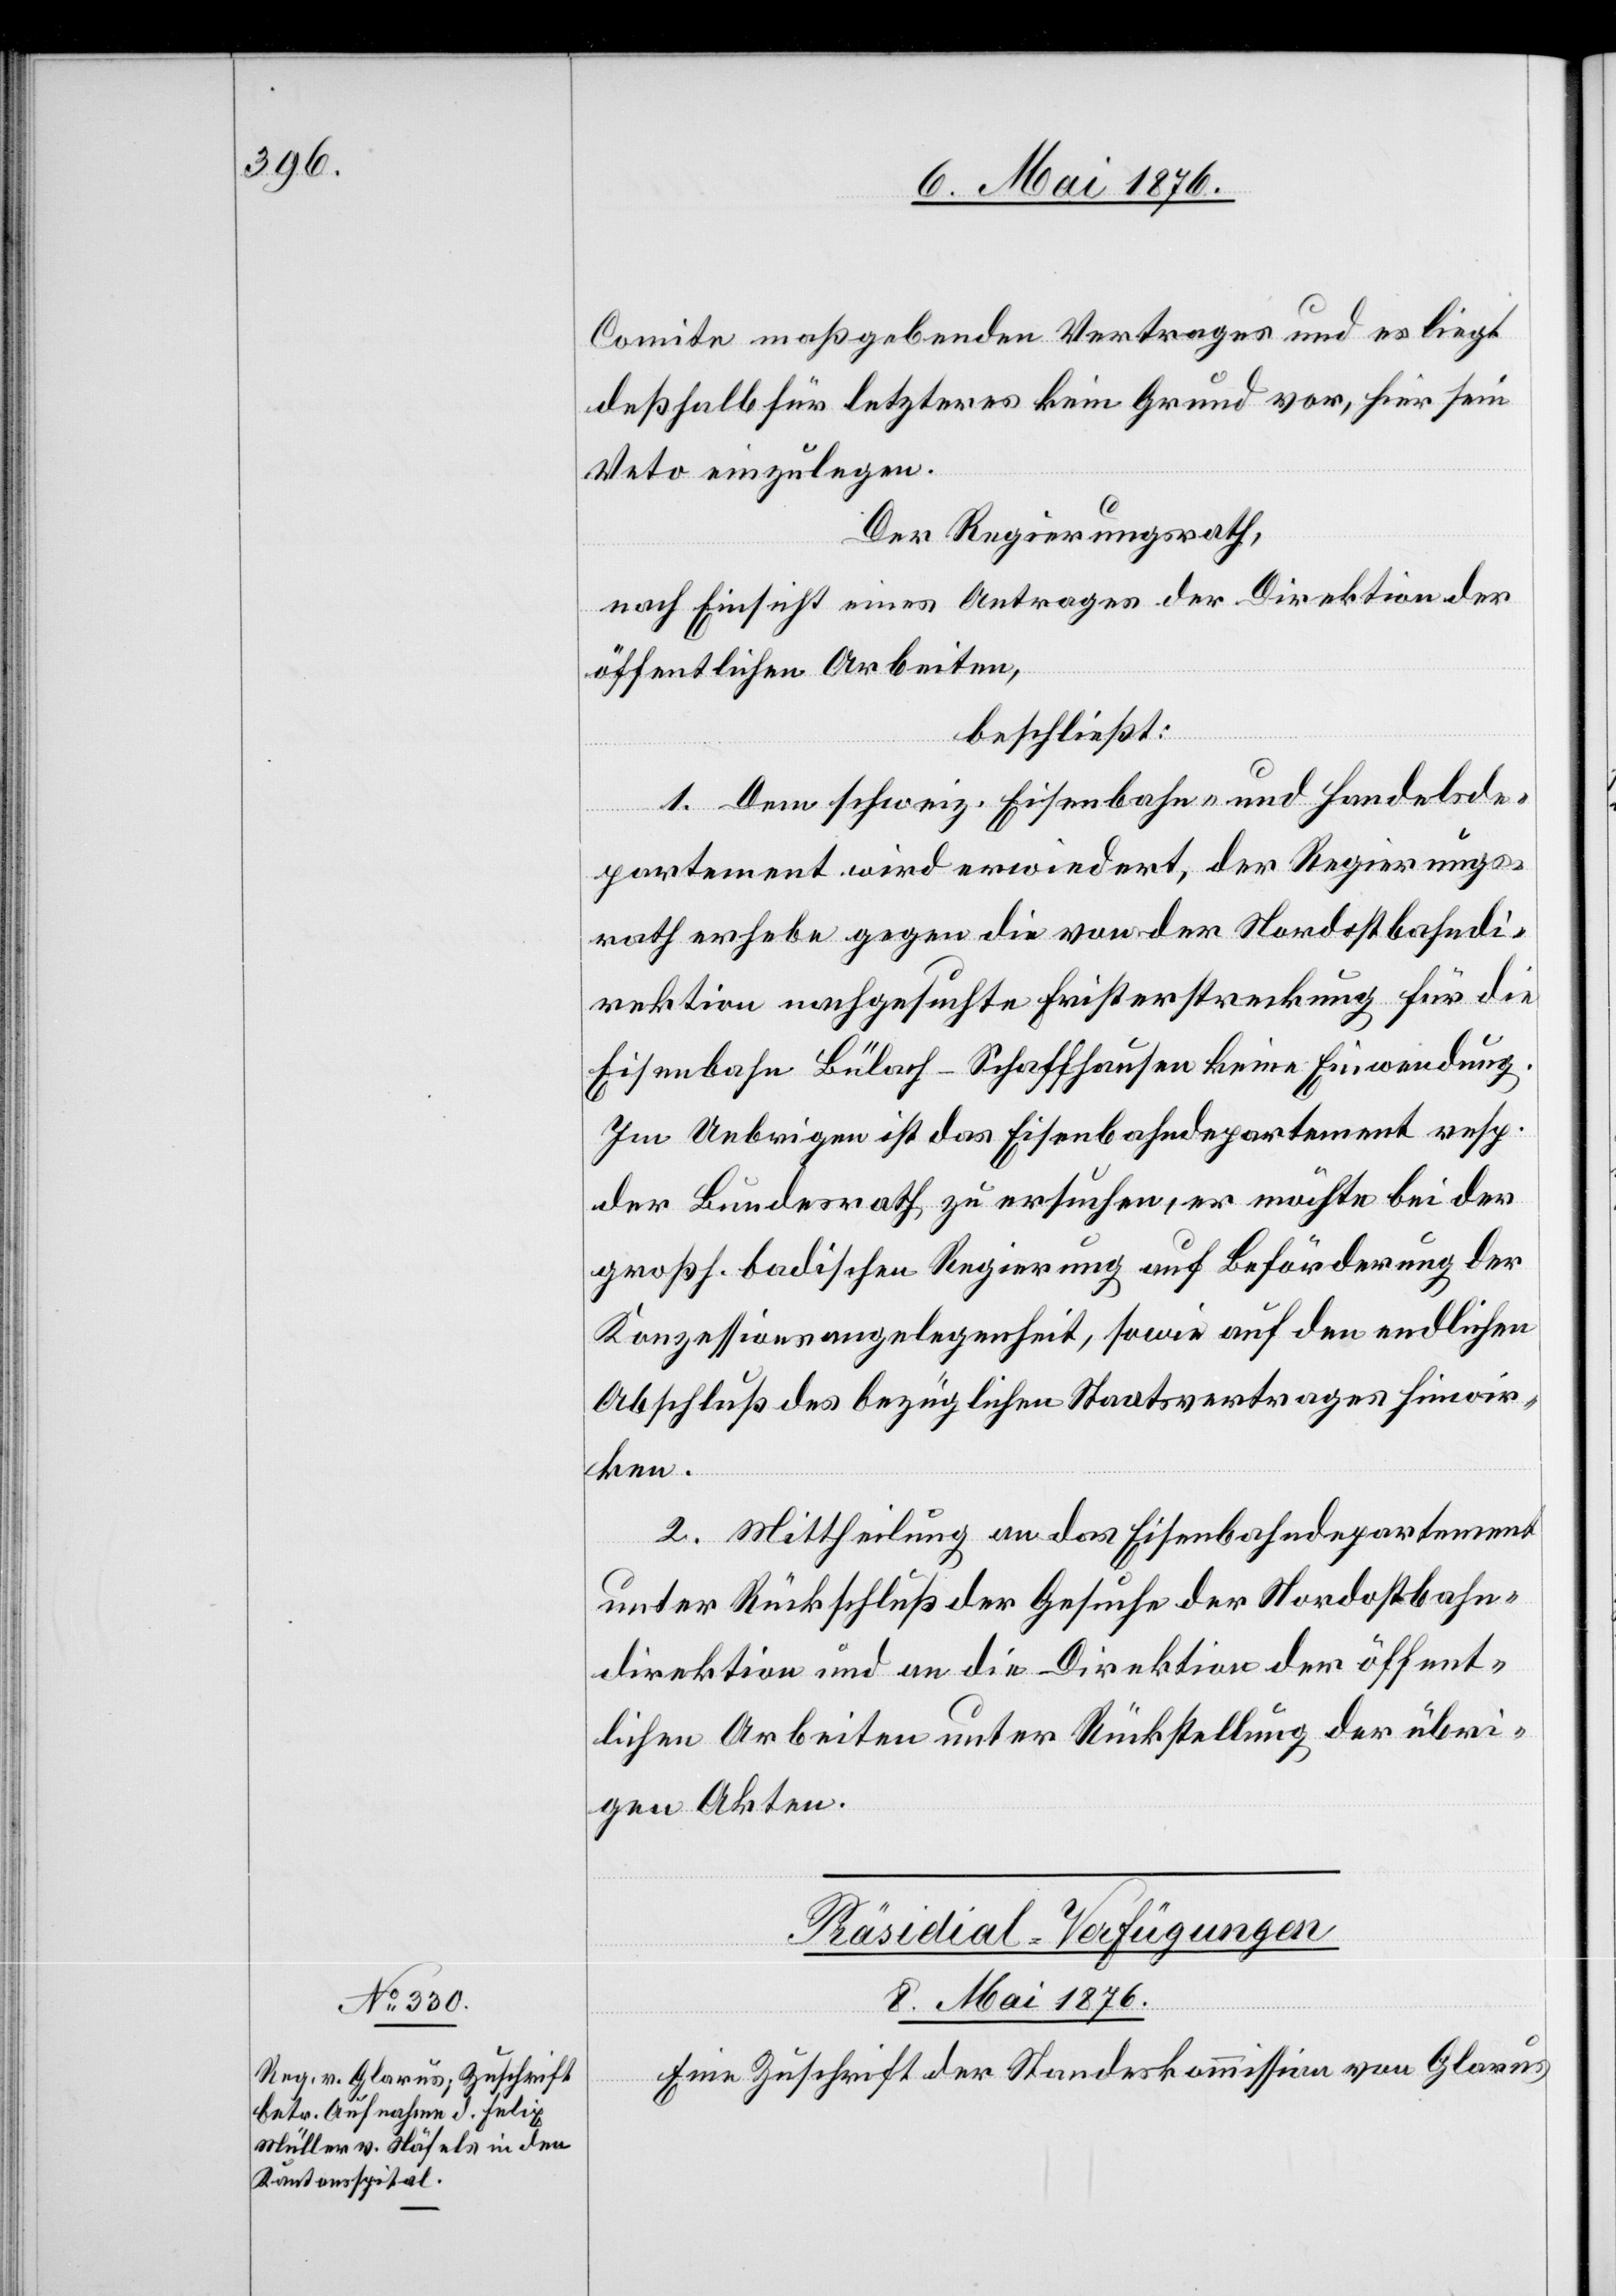
Comite maßgebenden Vertrages und es liegt
deßhalb für letzteres kein Grund vor, hier sein
Veto einzulegen.
Der Regierungsrath,
nach Einsicht eines Antrages der Direktion der
öffentlichen Arbeiten,
beschließt:
1. Dem schweiz. Eisenbahn- und Handelsde¬
partement wird erwiedert, der Regierungs¬
rath erhebe gegen die von der Nordostbahndi¬
rektion nachgesuchte Fristerstreckung für die
Eisenbahn Bülach–Schaffhausen keine Einwendung.
Im Uebrigen ist das Eisenbahndepartement resp.
der Bundesrath zu ersuchen, er möchte bei der
großh. badischen Regierung auf Beförderung der
Konzessionsangelegenheit, sowie auf den endlichen
Abschluß des bezüglichen Staatsvertrages hinwir¬
ken.
2. Mittheilung an das Eisenbahndepartement
unter Rückschluß der Gesuche der Nordostbahn¬
direktion und an die Direktion der öffent¬
lichen Arbeiten unter Rückstellung der übri¬
gen Akten.
Präsidial-Verfügungen
8. Mai 1876.
Eine Zuschrift der Standeskommission von Glarus